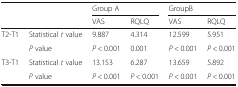
|  |  | <COLSPAN=2> Group A | <COLSPAN=2> GroupB |
 |  |  | VAS | RQLQ | VAS | RQLQ |
 | --- | --- | --- | --- | --- | --- |
 | <ROWSPAN=2> T2-T1 | Statistical t value | 9.887 | 4.314 | 12.599 | 5.951 |
 | P value | P < 0.001 | 0.001 | P < 0.001 | P < 0.001 |
 | <ROWSPAN=2> T3-T1 | Statistical t value | 13.153 | 6.287 | 13.659 | 5.892 |
 | P value | P < 0.001 | P < 0.001 | P < 0.001 | P < 0.001 |